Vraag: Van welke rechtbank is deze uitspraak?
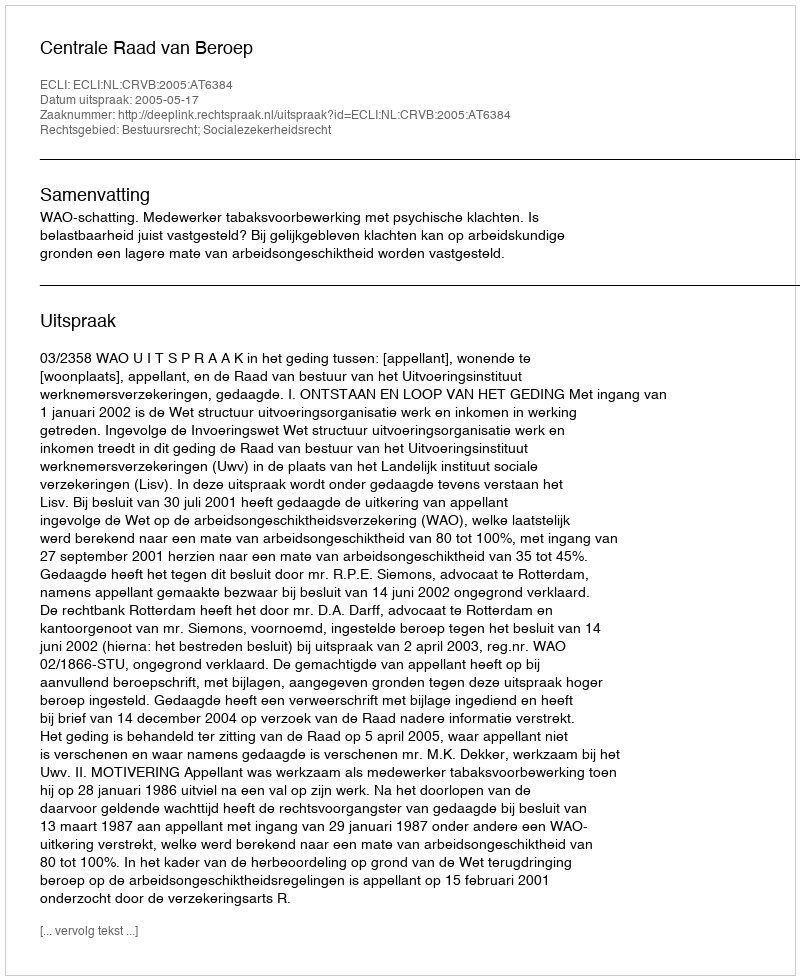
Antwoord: Centrale Raad van Beroep